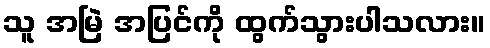
သူ အမြဲ အပြင်ကို ထွက်သွားပါသလား။